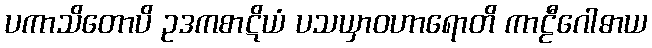
ပကာသိတောပိ ဥဒကစာဋိယံ ပသယှာဝဟာရောတိ ကာဠီဂေါဓာယ